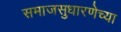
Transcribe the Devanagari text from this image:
समाजसुधारणेच्या